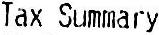
TAX SUMMARY